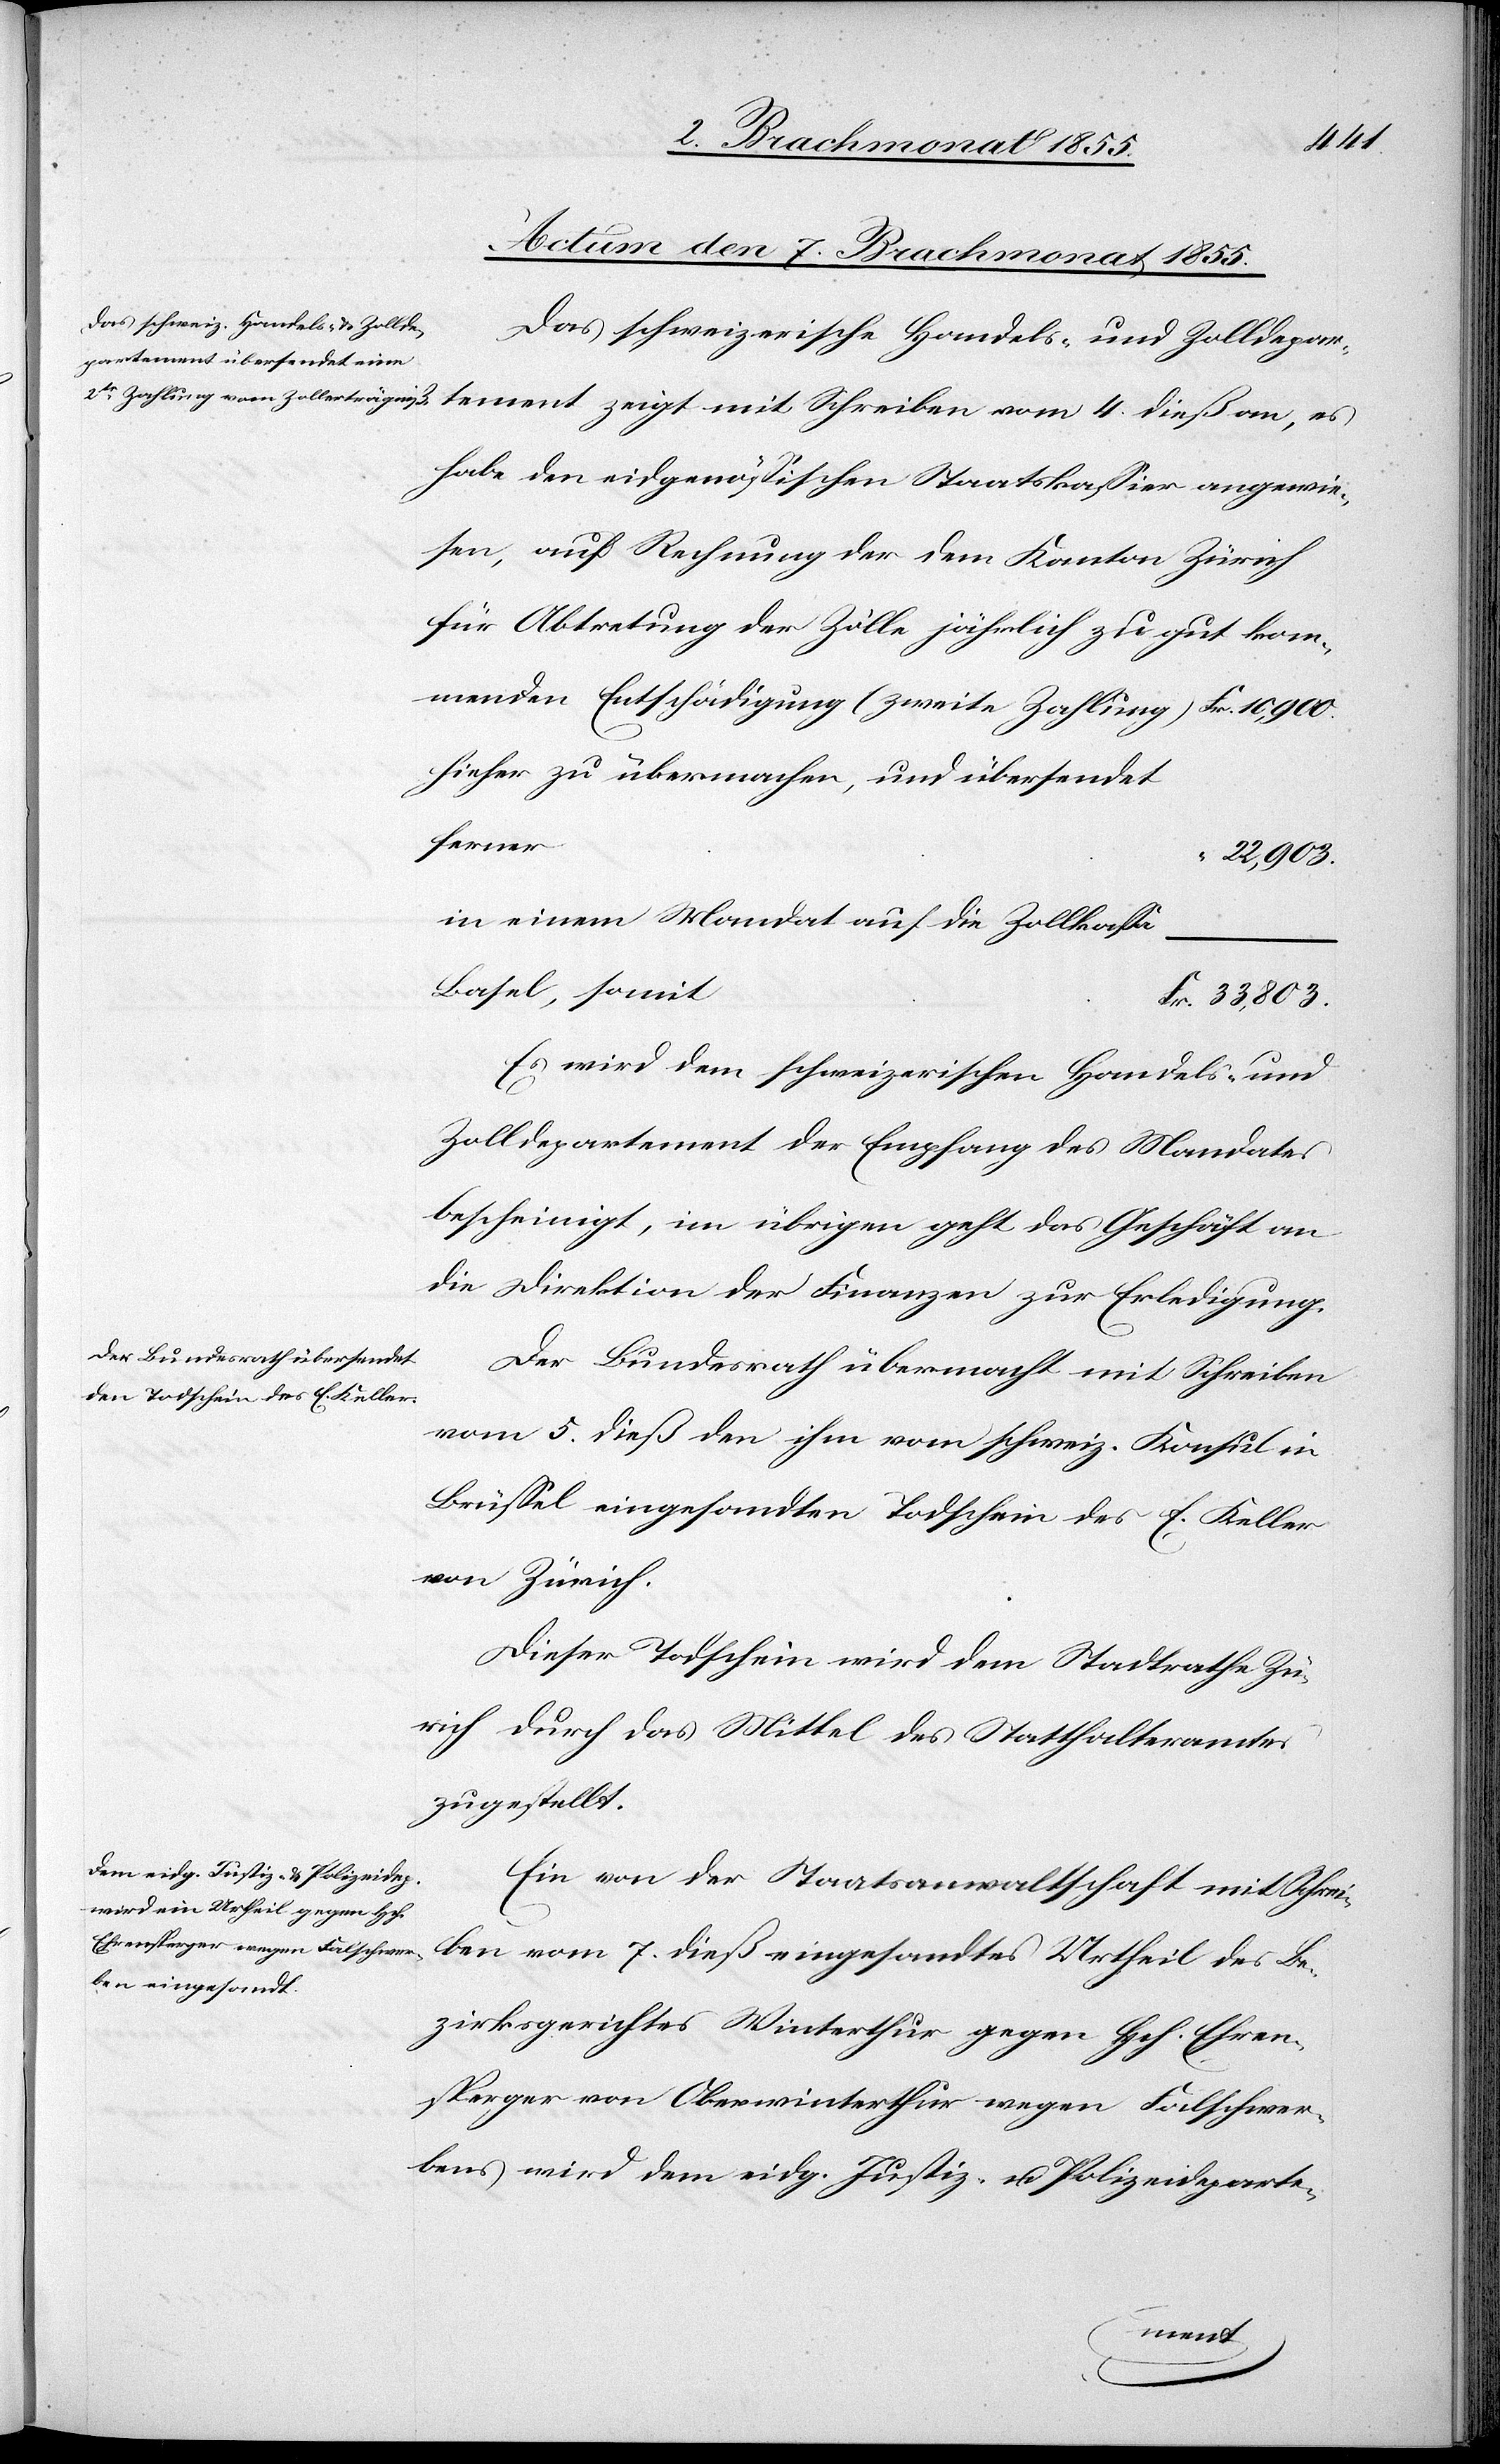
4.
Actum den 7. Brachmonat 1855.]
Das schweizerische Handels- und Zolldepart¬
habe den eidgenössischen Staatskassier angewie¬
sen, auf Rechnung der dem Kanton Zürich
für Abtretung der Zölle jährlich zu gut kom¬
menden Entschädigung (zweite Zahlung)
hieher zu übermachen, und übersendet
ferner
22,903.
in einem Mandat auf die Zollkassa
Basel, somit
Fr. 33,803.
Es wird dem schweizerischen Handels- und
Zolldepartement der Empfang des Mandates
bescheinigt, im übrigen geht das Geschäft an
die Direktion der Finanzen zur Erledigung.
Der Bundesrath übermacht mit Schreiben
vom 5. dieß den ihm vom schweiz. Konsul in
Brüssel eingesandten Todschein des E. Keller
von Zürich.
Dieser Todschein wird dem Stadtrathe Zü¬
rich durch das Mittel des Statthalteramtes
zugestellt.
Ein von der Staatsanwaltschaft mit Schrei¬
ben vom 7. dieß eingesandtes Urtheil des Be¬
zirksgerichtes Winterthur gegen Hch. Ehren¬
sperger von Oberwinterthur wegen Falschwer¬
bens wird dem eidg. Justiz- u. Polizeideparte-
e¬
ment